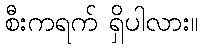
စီးကရက် ရှိပါလား။